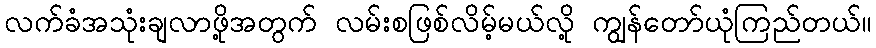
လက်ခံအသုံးချလာဖို့အတွက် လမ်းစဖြစ်လိမ့်မယ်လို့ ကျွန်တော်ယုံကြည်တယ်။